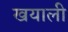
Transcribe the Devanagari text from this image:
खयाली